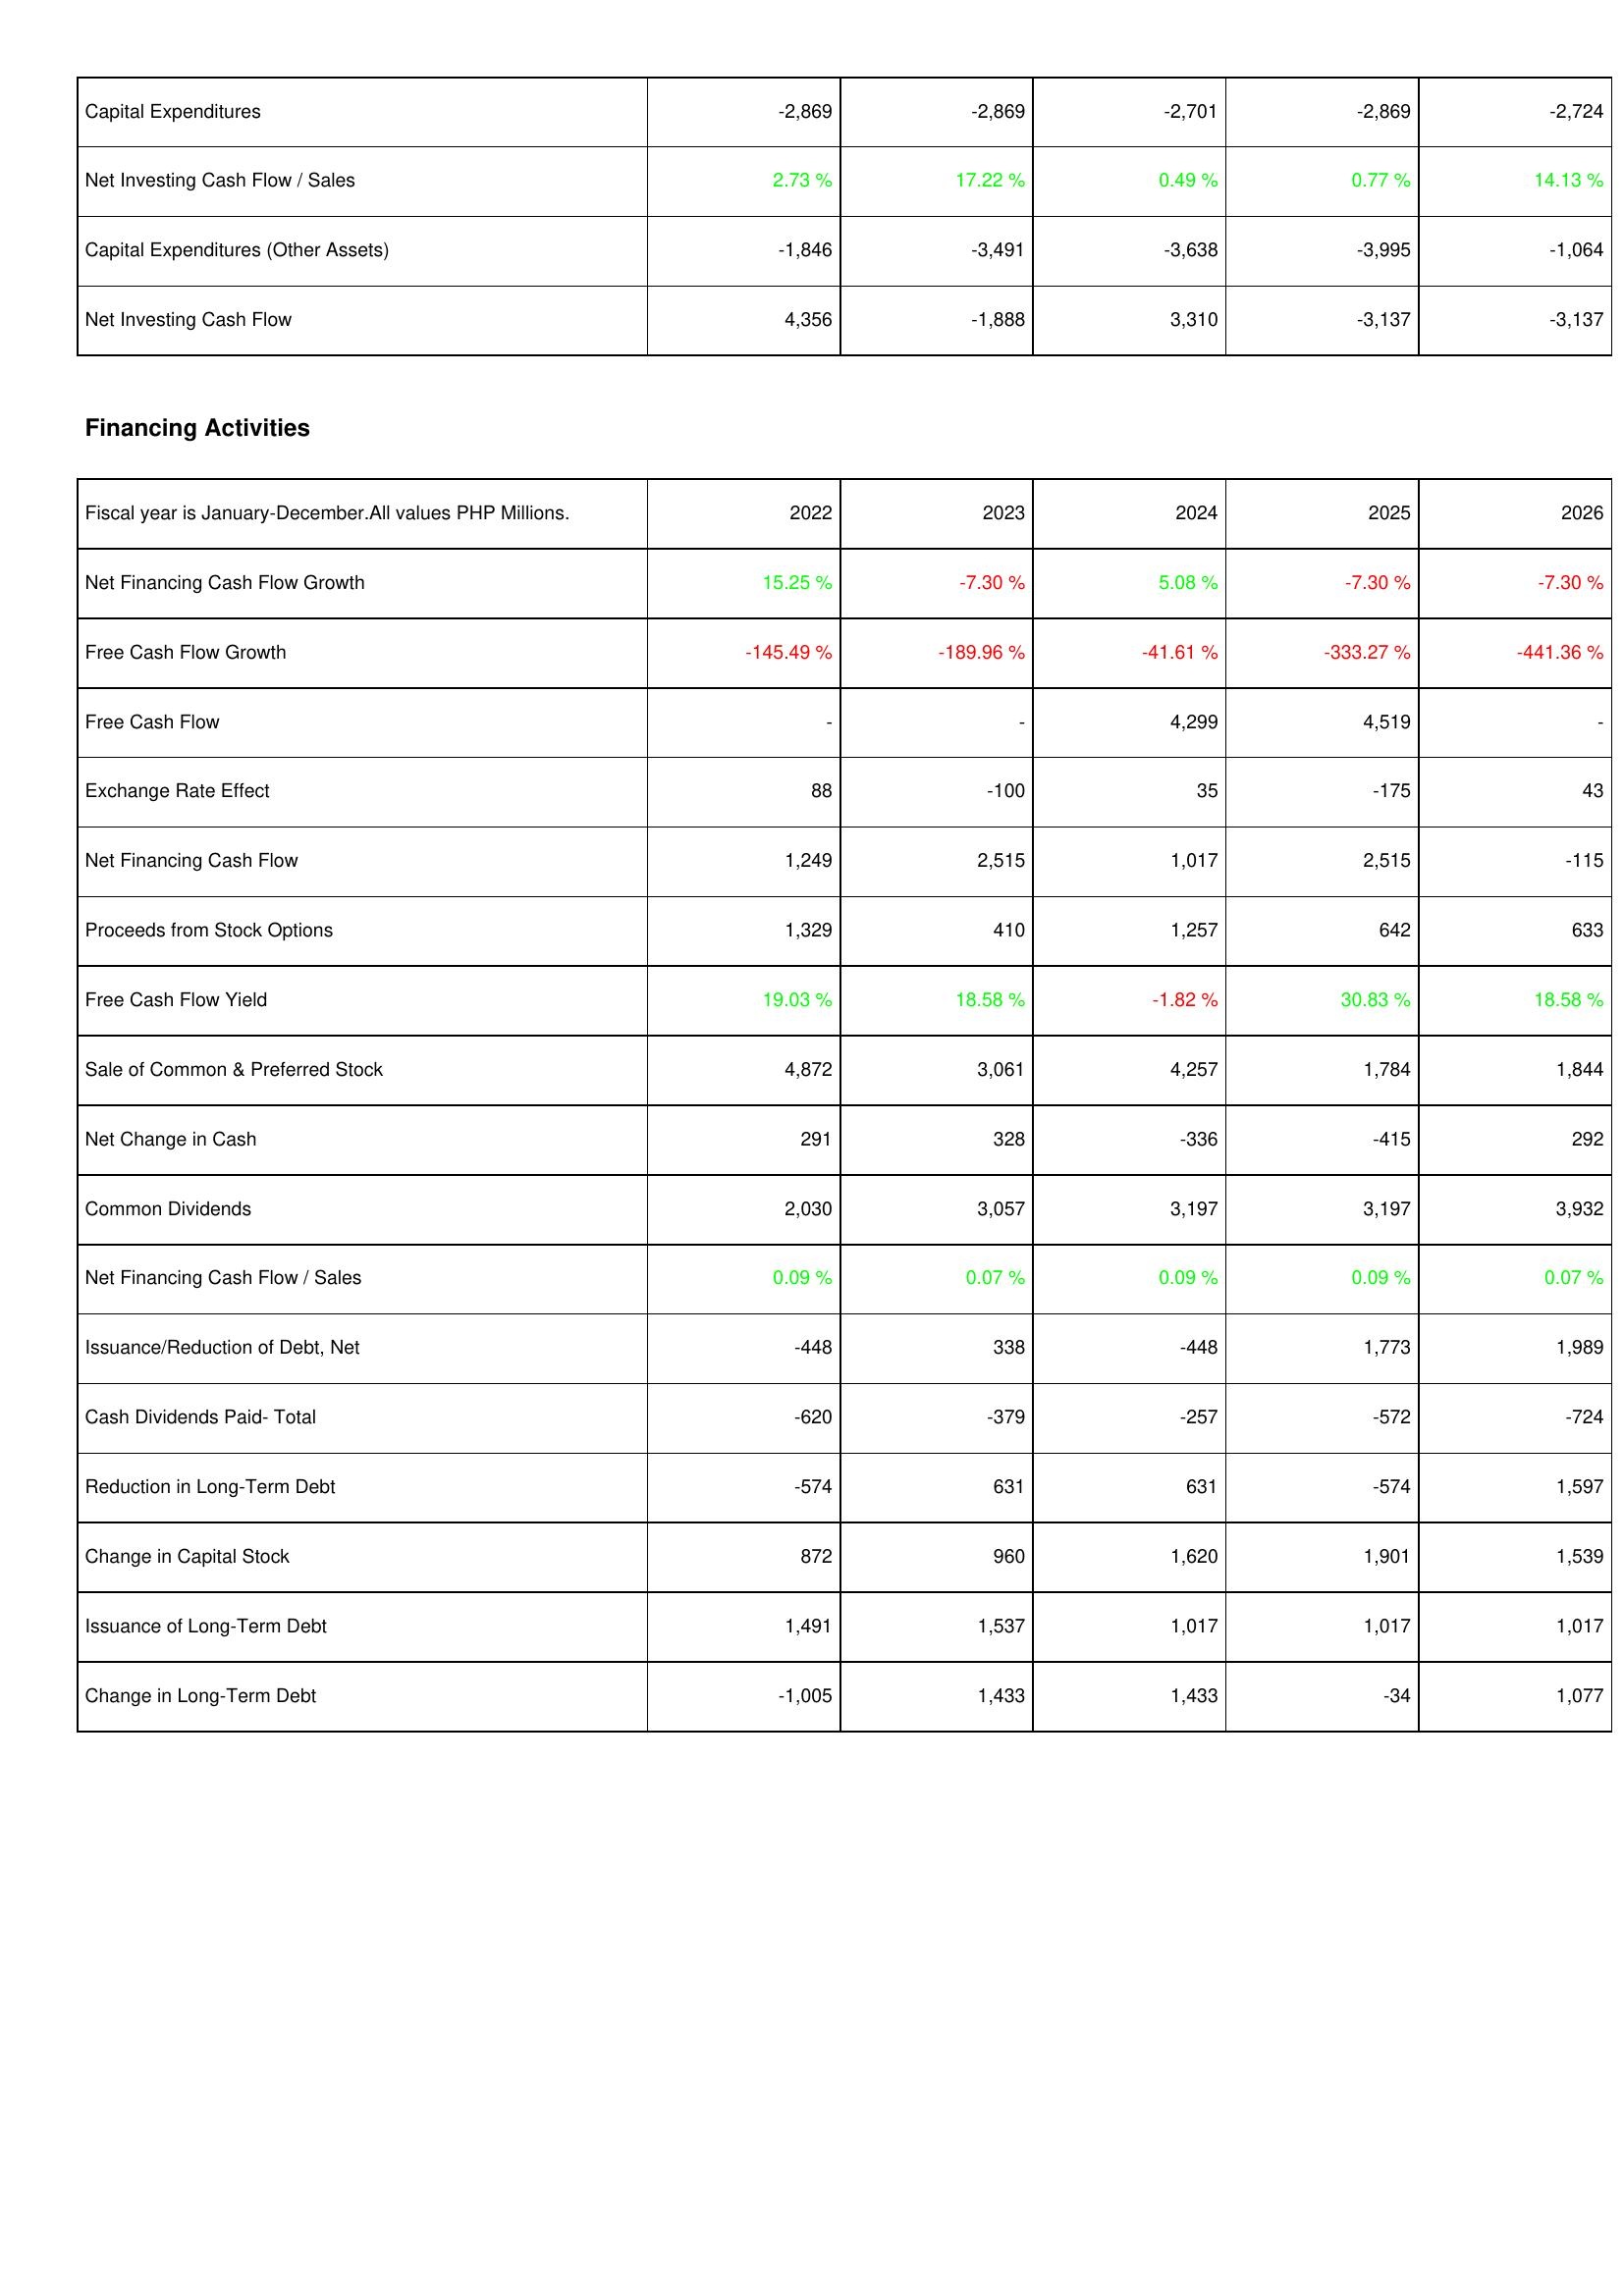
2022: Investing Activities: Capital Expenditures: -2,869
Net Investing Cash Flow / Sales: 2.73 %
Capital Expenditures (Other Assets): -1,846
Net Investing Cash Flow: 4,356
Financing Activities: Net Financing Cash Flow Growth: 15.25 %
Free Cash Flow Growth: -145.49 %
Free Cash Flow: -
Exchange Rate Effect: 88
Net Financing Cash Flow: 1,249
Proceeds from Stock Options: 1,329
Free Cash Flow Yield: 19.03 %
Sale of Common & Preferred Stock: 4,872
Net Change in Cash: 291
Common Dividends: 2,030
Net Financing Cash Flow / Sales: 0.09 %
Issuance/Reduction of Debt, Net: -448
Cash Dividends Paid- Total: -620
Reduction in Long-Term Debt: -574
Change in Capital Stock: 872
Issuance of Long-Term Debt: 1,491
Change in Long-Term Debt: -1,005
2023: Investing Activities: Capital Expenditures: -2,869
Net Investing Cash Flow / Sales: 17.22 %
Capital Expenditures (Other Assets): -3,491
Net Investing Cash Flow: -1,888
Financing Activities: Net Financing Cash Flow Growth: -7.30 %
Free Cash Flow Growth: -189.96 %
Free Cash Flow: -
Exchange Rate Effect: -100
Net Financing Cash Flow: 2,515
Proceeds from Stock Options: 410
Free Cash Flow Yield: 18.58 %
Sale of Common & Preferred Stock: 3,061
Net Change in Cash: 328
Common Dividends: 3,057
Net Financing Cash Flow / Sales: 0.07 %
Issuance/Reduction of Debt, Net: 338
Cash Dividends Paid- Total: -379
Reduction in Long-Term Debt: 631
Change in Capital Stock: 960
Issuance of Long-Term Debt: 1,537
Change in Long-Term Debt: 1,433
2024: Investing Activities: Capital Expenditures: -2,701
Net Investing Cash Flow / Sales: 0.49 %
Capital Expenditures (Other Assets): -3,638
Net Investing Cash Flow: 3,310
Financing Activities: Net Financing Cash Flow Growth: 5.08 %
Free Cash Flow Growth: -41.61 %
Free Cash Flow: 4,299
Exchange Rate Effect: 35
Net Financing Cash Flow: 1,017
Proceeds from Stock Options: 1,257
Free Cash Flow Yield: -1.82 %
Sale of Common & Preferred Stock: 4,257
Net Change in Cash: -336
Common Dividends: 3,197
Net Financing Cash Flow / Sales: 0.09 %
Issuance/Reduction of Debt, Net: -448
Cash Dividends Paid- Total: -257
Reduction in Long-Term Debt: 631
Change in Capital Stock: 1,620
Issuance of Long-Term Debt: 1,017
Change in Long-Term Debt: 1,433
2025: Investing Activities: Capital Expenditures: -2,869
Net Investing Cash Flow / Sales: 0.77 %
Capital Expenditures (Other Assets): -3,995
Net Investing Cash Flow: -3,137
Financing Activities: Net Financing Cash Flow Growth: -7.30 %
Free Cash Flow Growth: -333.27 %
Free Cash Flow: 4,519
Exchange Rate Effect: -175
Net Financing Cash Flow: 2,515
Proceeds from Stock Options: 642
Free Cash Flow Yield: 30.83 %
Sale of Common & Preferred Stock: 1,784
Net Change in Cash: -415
Common Dividends: 3,197
Net Financing Cash Flow / Sales: 0.09 %
Issuance/Reduction of Debt, Net: 1,773
Cash Dividends Paid- Total: -572
Reduction in Long-Term Debt: -574
Change in Capital Stock: 1,901
Issuance of Long-Term Debt: 1,017
Change in Long-Term Debt: -34
2026: Investing Activities: Capital Expenditures: -2,724
Net Investing Cash Flow / Sales: 14.13 %
Capital Expenditures (Other Assets): -1,064
Net Investing Cash Flow: -3,137
Financing Activities: Net Financing Cash Flow Growth: -7.30 %
Free Cash Flow Growth: -441.36 %
Free Cash Flow: -
Exchange Rate Effect: 43
Net Financing Cash Flow: -115
Proceeds from Stock Options: 633
Free Cash Flow Yield: 18.58 %
Sale of Common & Preferred Stock: 1,844
Net Change in Cash: 292
Common Dividends: 3,932
Net Financing Cash Flow / Sales: 0.07 %
Issuance/Reduction of Debt, Net: 1,989
Cash Dividends Paid- Total: -724
Reduction in Long-Term Debt: 1,597
Change in Capital Stock: 1,539
Issuance of Long-Term Debt: 1,017
Change in Long-Term Debt: 1,077